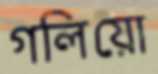
গলিয়ো